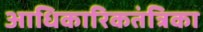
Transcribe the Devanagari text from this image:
आधिकारिकतंत्रिका